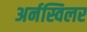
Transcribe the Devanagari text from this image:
अर्नस्विलर